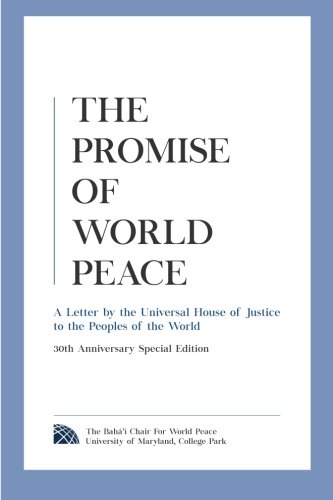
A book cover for The Promise of World Peace: A Letter by the Universal House of Justice to the Peoples of the World; The Universal House of Justice; Religion & Spirituality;